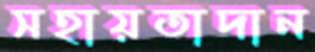
সহায়তাদান